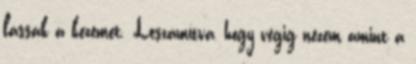
lássák a kezemet. Leszámítva, hogy végig nézem amint a